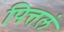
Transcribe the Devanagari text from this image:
पित्तलं